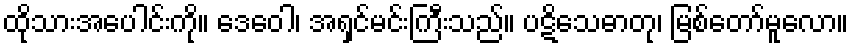
ထိုသားအပေါင်းကို။ ဒေဝေါ၊ အရှင်မင်းကြီးသည်။ ပဋိသေဓာတု၊ မြစ်တော်မူလော။